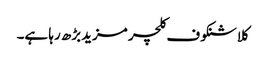
کلاشنکوف کلچر مزیدبڑھ رہا ہے۔